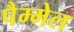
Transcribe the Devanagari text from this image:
पैम्मेल